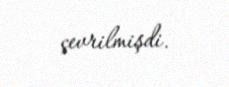
çevrilmişdi.